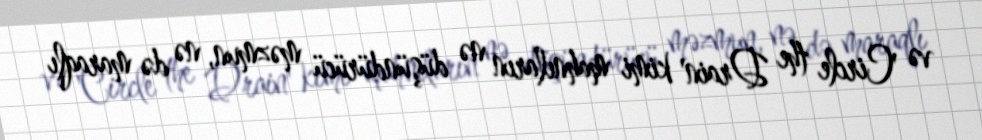
və 'Circle the Drain' kimi mahnıların nə düşündürücü məzmun, nə də maraqlı